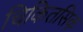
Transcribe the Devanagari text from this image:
चिकितसिक